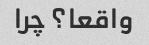
واقعا؟ چرا